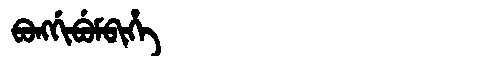
Manchu: ᠪᠣᠩᡤᡳᠪᡠᠮᠪᡳᡥᡝ
Romanization: BONGGIBUMBIHE